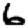
Digit: 6